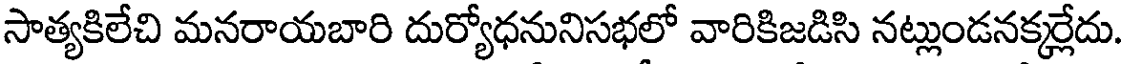
సాత్యకిలేచి మనరాయబారి దుర్యోధనునిసభలో వారికిజడిసి నట్లుండనక్కర్లేదు